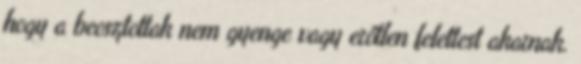
hogy a beosztottak nem gyenge vagy erőtlen felettest akarnak.